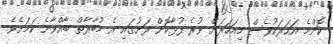
ކޮންމެ އަހަރަކުވެސް މިއަހަރަށް ވުރެ ފުޅާކޮށް ރަށުގައި އެ މުބާރާތް ބާއްވާނެ ކަމަށެވެ.